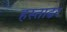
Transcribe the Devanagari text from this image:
हस्ताढर